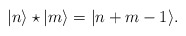
\begin{align*}| n\rangle \star | m \rangle = | n+ m -1\rangle.\end{align*}